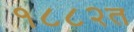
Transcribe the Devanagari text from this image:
१८८२त